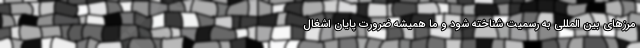
مرز‌های بین المللی به رسمیت شناخته شود و ما همیشه ضرورت پایان اشغال